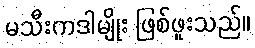
မသီးကဒါမျိုး ဖြစ်ဖူးသည်။